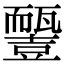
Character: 𧰓